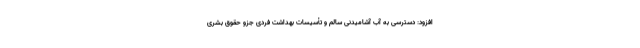
افزود: دسترسی به آب آشامیدنی سالم و تأسیسات بهداشت فردی جزو حقوق بشری